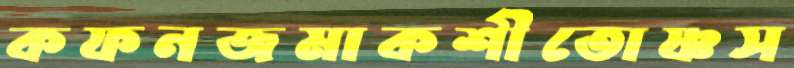
কফনজমাকশীতোষ্ণস